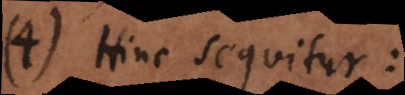
4) Hinc sequitur: